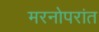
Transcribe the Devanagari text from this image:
मरनोपरांत